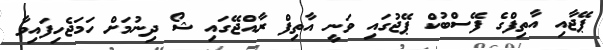
ޕޭޖާއި އާތިފްގެ ފޭސްބުކް ޕޭޖުގައި ވަނީ އާތިފް ރާއްޖޭގައި ޝޯ ދިނުމަށް ހަމަޖެހިފައިވާ